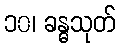
၁၀၊ ခန္ဓသုတ်